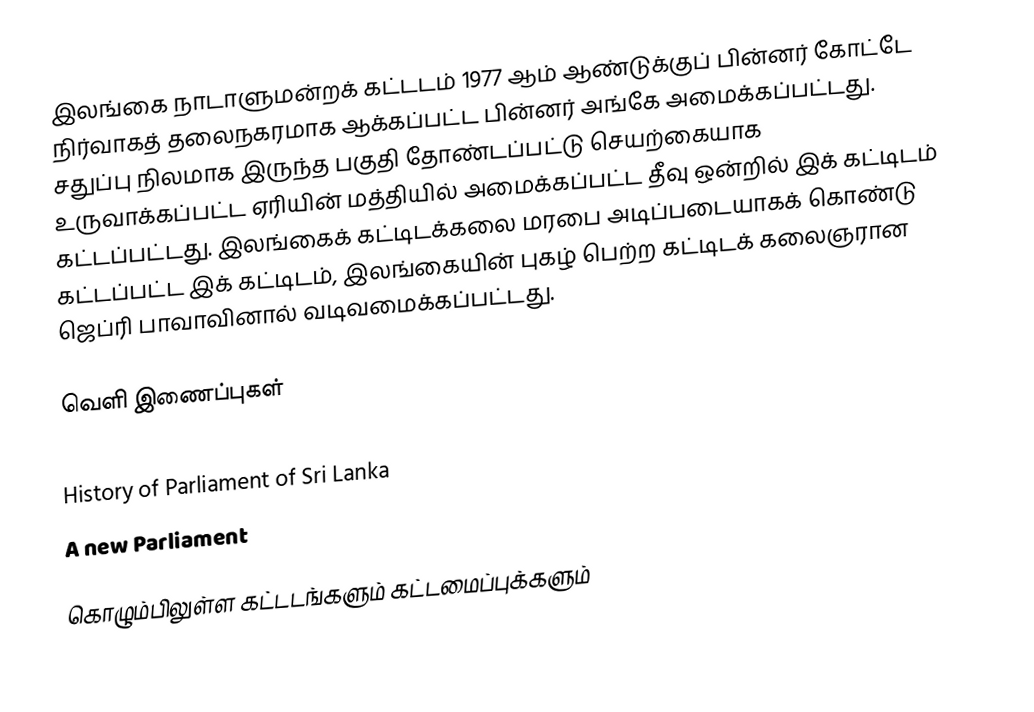
இலங்கை நாடாளுமன்றக் கட்டடம் 1977 ஆம் ஆண்டுக்குப் பின்னர் கோட்டே நிர்வாகத் தலைநகரமாக ஆக்கப்பட்ட பின்னர் அங்கே அமைக்கப்பட்டது. சதுப்பு நிலமாக இருந்த பகுதி தோண்டப்பட்டு  செயற்கையாக உருவாக்கப்பட்ட ஏரியின் மத்தியில் அமைக்கப்பட்ட தீவு ஒன்றில் இக் கட்டிடம் கட்டப்பட்டது. இலங்கைக் கட்டிடக்கலை மரபை அடிப்படையாகக் கொண்டு கட்டப்பட்ட இக் கட்டிடம், இலங்கையின் புகழ் பெற்ற கட்டிடக் கலைஞரான ஜெப்ரி பாவாவினால் வடிவமைக்கப்பட்டது.

வெளி இணைப்புகள்
Sri Lankan Parliament Official Web Site
History of Parliament of Sri Lanka
A new Parliament

கொழும்பிலுள்ள கட்டடங்களும் கட்டமைப்புக்களும்